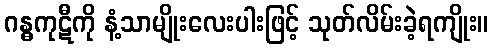
ဂန္ဓကုဋီကို နံ့သာမျိုးလေးပါးဖြင့် သုတ်လိမ်းခဲ့ရကျိုး။